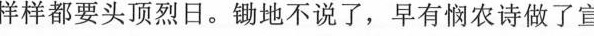
样样都要头顶烈日。锄地不说了，早有悯农诗做了宣